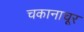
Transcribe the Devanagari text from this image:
चकानाचूर